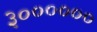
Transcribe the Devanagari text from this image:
३००००००